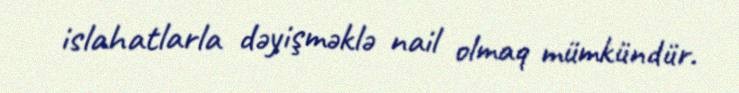
islahatlarla dəyişməklə nail olmaq mümkündür.